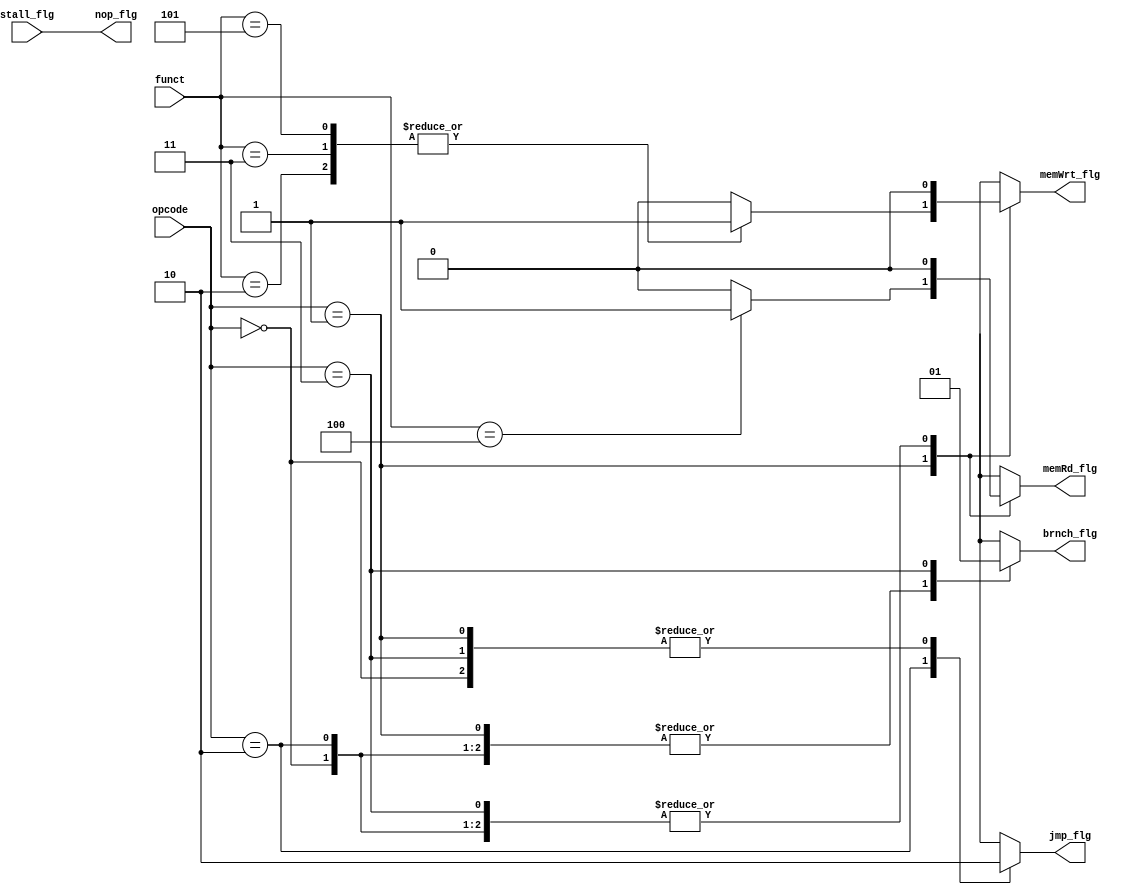
/*
* 	Nathan Chinn
* 	Minion CPU - NanoQuarter
*
*	Module:  Main Control
*	Inputs:  stall flag, opcode from instruction, function from instruction
*	Outputs: jump flag, branch flag, no op flag, mem read & write flag
*
*/

module MainControl( 	input	   stall_flg,
			input[1:0] opcode,
			input[2:0] funct,
			output reg jmp_flg,	brnch_flg,
				   nop_flg,	memRd_flg,
			   	   memWrt_flg
		   );

	parameter rType = 2'b00;
	parameter iType = 2'b01;
	parameter jType = 2'b10;
	parameter bType = 2'b11;

	parameter	lui = 3'b000;
	parameter	lbi = 3'b001;
	parameter	sui = 3'b010;
	parameter	sbi = 3'b011;
	parameter	lw  = 3'b100;
	parameter	sw  = 3'b101;

	parameter rdWrtJnct = 3'b100;
	parameter immediate = 3'b010;

	always @ (*)
	begin
		jmp_flg   = 0;	brnch_flg  = 0;	
		memRd_flg = 0;	memWrt_flg = 0;
		
		nop_flg = stall_flg;

		case(opcode)
			rType:
				jmp_flg = 0; // have to do something I guess...
			iType:  
			begin 
				case(funct)
					lui: begin
						memRd_flg  = 0;
						memWrt_flg = 0;
					end
					lbi: begin
						memRd_flg  = 0;
						memWrt_flg = 0;
					end
					sui: begin
						memRd_flg  = 0;
						memWrt_flg = 1;
					end
					sbi: begin
						memRd_flg  = 0;
						memWrt_flg = 1;
					end
					lw : begin
						memRd_flg  = 1;
						memWrt_flg = 0;
					end
					sw : begin
						memRd_flg  = 0;
						memWrt_flg = 1;
					end
					
					default:	;
				endcase
				//jmp_flg = 0;
				//if (funct > immediate && funct <= rdWrtJnct) 
				//begin
				//	memRd_flg = 1; 
				//	memWrt_flg = 0;
				//end
				//else
				//begin	
				//	if (funct >= rdWrtJnct) 
				//	begin
				//		memRd_flg = 1; 
				//		memWrt_flg = 0;
				//	end
				//	else
				//	begin
				//		memRd_flg = 0;
				//		memWrt_flg = 0;
				//	end
				//end
			end
			jType:
				jmp_flg = 1;
			bType:
				brnch_flg = 1;
		endcase
	end

endmodule // MainControll